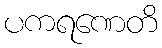
ပကရဏေတိ